Civil Veterinary Dept. Bombay admin report 1932-41 - 1932-1941
Year: 1932
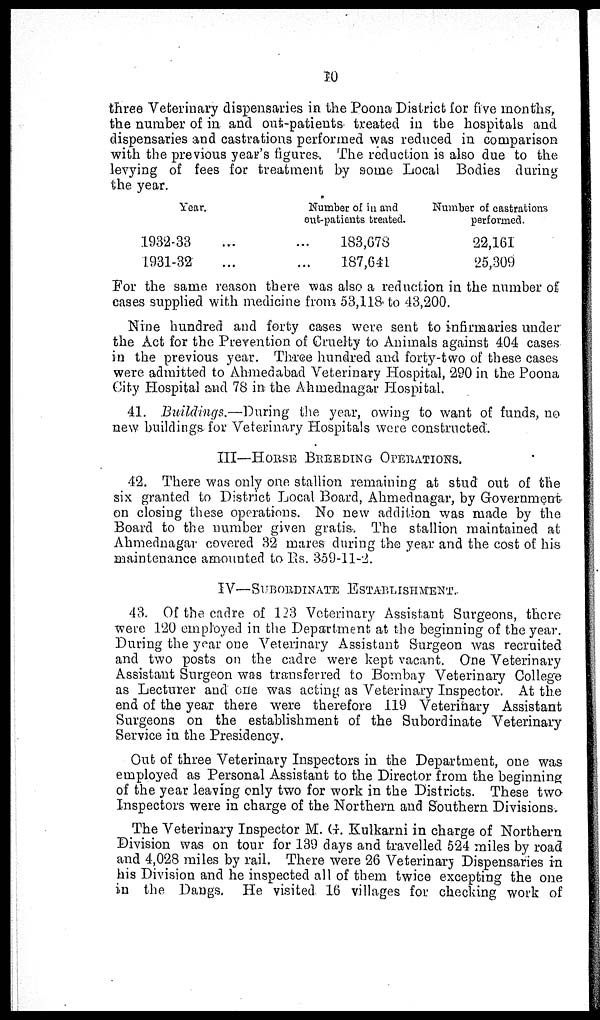
10
three Veterinary dispensaries in the Poona District for five months,
the number of in and out-patients treated in the hospitals and
dispensaries and castrations performed was reduced in comparison
with the previous year's figures. The reduction is also due to the
levying of fees for treatment by some Local Bodies during
the year.
Year.
1932-33
1931-32
...
...
Number of in and
out-patients treated.
...
...
183,678
187,641
Number of castrations
performed.
22,161
25,309
For the same reason there was also a reduction in the number of
cases supplied with medicine from 53,118 to 43,200.
Nine hundred and forty cases were sent to infirmaries under
the Act for the Prevention of Cruelty to Animals against 404 cases
in the previous year. Three hundred and forty-two of these cases
were admitted to Ahmedabad Veterinary Hospital, 290 in the Poona
City Hospital and 78 in the Ahmednagar Hospital.
41. Buildings.—During the year, owing to want of funds, no
new buildings for Veterinary Hospitals were constructed.
III—HORSE BREEDING OPERATIONS.
42. There was only one stallion remaining at stud out of the
six granted to District Local Board, Ahmednagar, by Government
on closing these operations. No new addition was made by the
Board to the number given gratis. The stallion maintained at
Ahmednagar covered 32 mares during the year and the cost of his
maintenance amounted to Rs. 359-11-2.
IV—SUBORDINATE
ESTABLISHMENT.
43. Of the cadre of 123 Veterinary Assistant Surgeons, there
were 120 employed in the Department at the beginning of the year.
During the year one Veterinary Assistant Surgeon was recruited
and two posts on the cadre were kept vacant. One Veterinary
Assistant Surgeon was transferred to Bombay Veterinary College
as Lecturer and one was acting as Veterinary Inspector. At the
end of the year there were therefore 119 Veterinary Assistant
Surgeons on the establishment of the Subordinate Veterinary
Service in the Presidency.
Out of three Veterinary Inspectors in the Department, one was
employed as Personal Assistant to the Director from the beginning
of the year leaving only two for work in the Districts. These two
Inspectors were in charge of the Northern and Southern Divisions.
The Veterinary Inspector M. G. Kulkarni in charge of Northern
Division was on tour for 139 days and travelled 524 miles by road
and 4,028 miles by rail. There were 26 Veterinary Dispensaries in
his Division and he inspected all of them twice excepting the one
in the Dangs. He visited 16 villages for checking work of